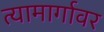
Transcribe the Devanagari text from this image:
त्यामार्गावर